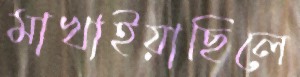
মাখাইয়াছিলে